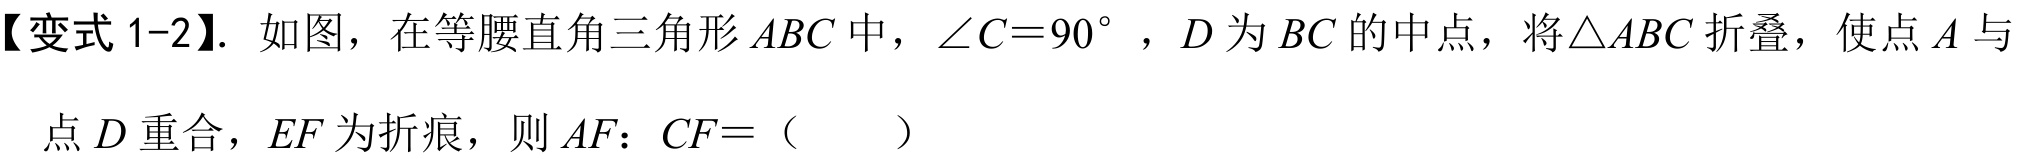
【变式 1-2】. 如图，在等腰直角三角形\(ABC\)中，\(\angle C = 90^{\circ}\)，\(D\)为\(BC\)的中点，将\(\triangle ABC\)折叠，使点\(A\)与点\(D\)重合，\(EF\)为折痕，则\(AF\)：\(CF=\)（  ）